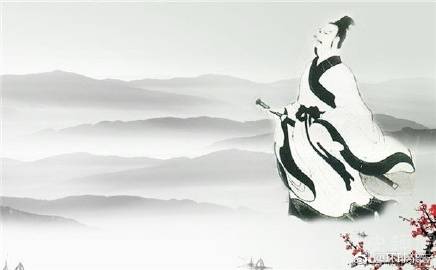
亦余心之所善兮，虽九死其犹未悔。